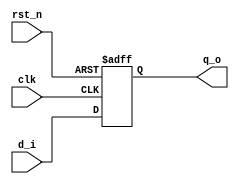
// This program was cloned from: https://github.com/mbaykenar/digital-logic-design
// License: Apache License 2.0

`timescale 1ns / 1ps
//////////////////////////////////////////////////////////////////////////////////
// Company: 
// Engineer: 
// 
// Design Name: 
// Module Name: d_ff_rst
// Project Name: 
// Target Devices: 
// Tool Versions: 
// Description: 
// 
// Dependencies: 
// 
// Revision:
// Revision 0.01 - File Created
// Additional Comments:
// 
//////////////////////////////////////////////////////////////////////////////////


module d_ff_rst
(
input d_i,
input rst_n,    // Active-low reset
input clk,
output q_o
);

reg q;

// always@(posedge clk) begin // Synchronous reset
always@(posedge clk, negedge rst_n) begin   // Asynchronous reset
    if (rst_n == 1'b0) begin
        q <= 1'b0;
    end
    else begin
        q <= d_i;    
    end    
end

assign q_o = q;

endmodule